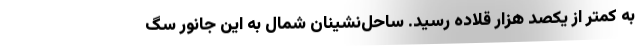
به کمتر از یکصد هزار قلاده رسید. ساحل‌نشینان شمال به این جانور سگ